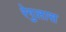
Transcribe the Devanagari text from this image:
रेगुलास